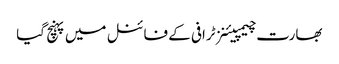
بھارت چیمپیئنز ٹرافی کے فائنل میں پہنچ گیا